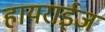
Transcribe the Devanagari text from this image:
हायराईज